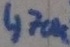
Text: 470K